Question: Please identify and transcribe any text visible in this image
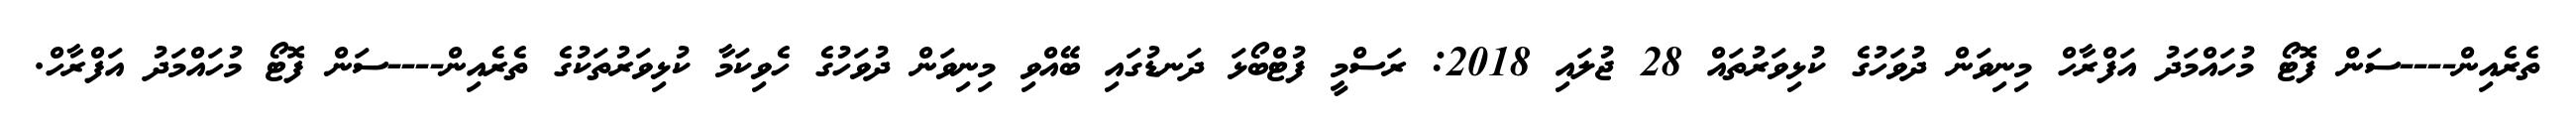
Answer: ތެރެއިން----ސަން ފޮޓޯ މުހައްމަދު އަފްރާހް މިނިވަން ދުވަހުގެ ކުޅިވަރުތައް 28 ޖުލައި 2018: ރަސްމީ ފުޓްބޯޅަ ދަނޑުގައި ބޭއްވި މިނިވަން ދުވަހުގެ ހެވިކަމާ ކުޅިވަރުތަކުގެ ތެރެއިން----ސަން ފޮޓޯ މުހައްމަދު އަފްރާހް.